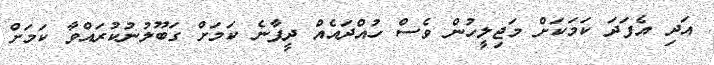
އަދި އެފަދަ ކަމަކަށް މަޖިލީހުން ވެސް ހުއްދައެއް ދީފާނެ ކަމަށް ގަބޫލުނުކުރައްވާ ކަމަށް